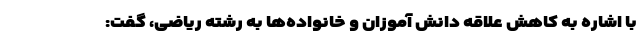
با اشاره به کاهش علاقه دانش آموزان و خانواده‌ها به رشته ریاضی، گفت: